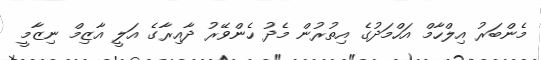
މެންބަރު އިލްހާމް އަހްމަދުގެ އިތުރުން މެދު ހެންވޭރު ދާއިރާގެ އަލީ އާޒިމް ނިޒާމީ